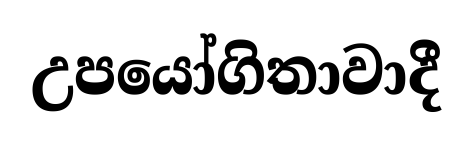
උපයෝගිතාවාදී